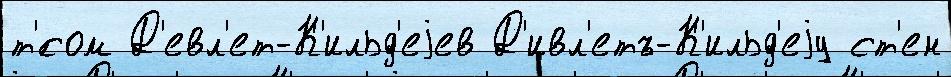
т'́сом Д'евл'ет-К'ильд'еjев Д'ивл'етъ-К'ильд'еjу ст'ен